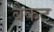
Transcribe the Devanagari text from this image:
बैकट